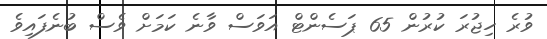
ވުރެ ހިޖުރަ ކުރުން 65 ޕަސެންޓް އަވަސް ވާނެ ކަމަށް ވެސް ބުނެފައިވެ